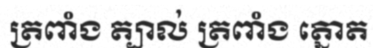
ត្រពាំង ត្បាល់ ត្រពាំង ត្នោត